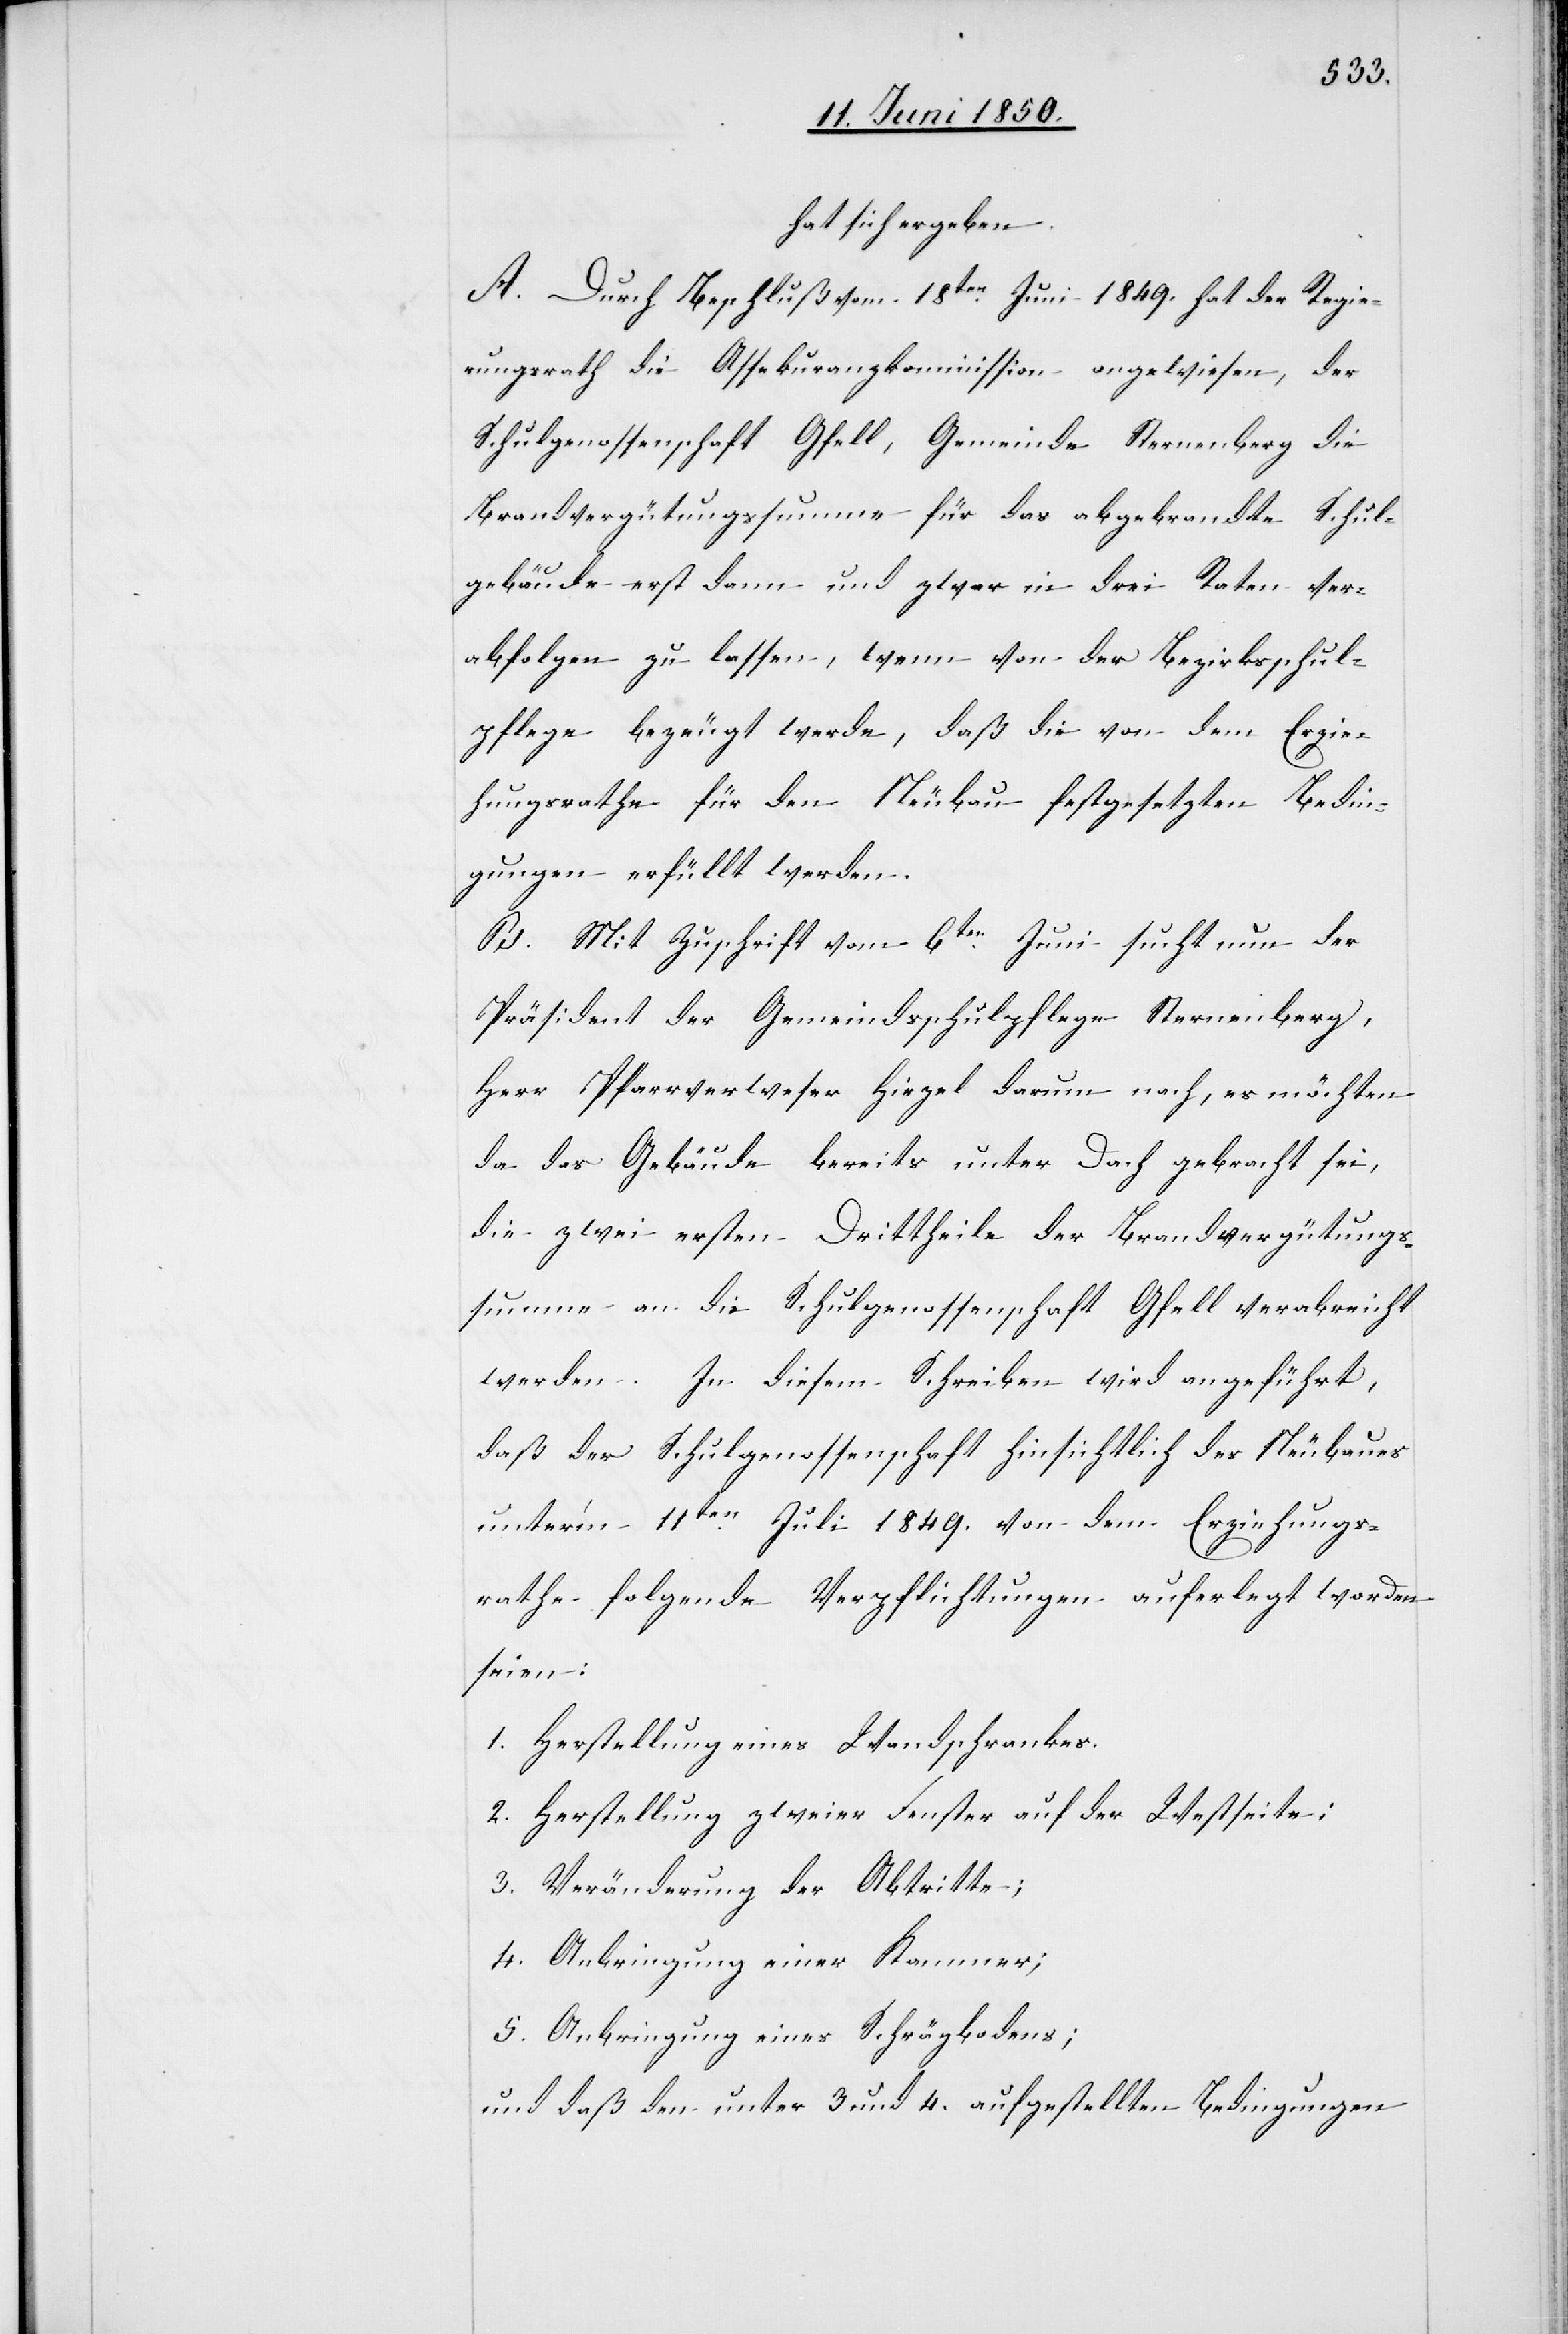
hat sich ergeben:
A. Durch Beschluß vom 18ten Juni 1849. hat der Regie¬
rungsrath die Assekuranzkommission angewiesen, der
Schulgenossenschaft Gfell, Gemeinde Sternenberg die
Brandvergütungssumme für das abgebrandte Schul¬
gebäude erst dann und zwar in drei Raten ver¬
abfolgen zu lassen, wenn von der Bezirksschul¬
pflege bezeugt werde, daß die von dem Erzie¬
hungsrathe für den Neubau festgesetzten Bedin¬
gungen erfüllt werden.
B. Mit Zuschrift vom 6ten Juni sucht nun der
Präsident der Gemeindsschulpflege Sternenberg,
Herr Pfarrverweser Hirzel darum nach, es möchten
da das Gebäude bereits unter Dach gebracht sei,
die zwei ersten Drittheile der Brandvergütungs¬
summe an die Schulgenossenschaft Gfell verabreicht
werden. In diesem Schreiben wird angeführt,
daß der Schulgenossenschaft hinsichtlich des Neubaues
unter’m 11ten Juli 1849. von dem Erziehungs¬
rathe folgende Verpflichtungen auferlegt worden
seien:
1. Herstellung eines Wandschrankes.
2. Herstellung zweier Fenster auf der Westseite;
3. Veränderung der Abtritte;
4. Anbringung einer Kammer;
5. Anbringung eines Schrägbodens;
und daß den unter 3 und 4. aufgestellten Bedingungen